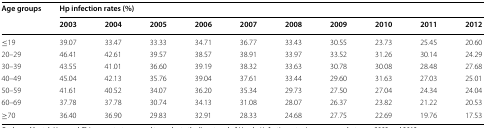
<table><thead><tr><td rowspan="2"><b>Age groups</b></td><td colspan="10"><b>Hp infection rates (%)</b></td></tr><tr><td><b>2003</b></td><td><b>2004</b></td><td><b>2005</b></td><td><b>2006</b></td><td><b>2007</b></td><td><b>2008</b></td><td><b>2009</b></td><td><b>2010</b></td><td><b>2011</b></td><td><b>2012</b></td></tr></thead><tbody><tr><td>≤19</td><td>39.07</td><td>33.47</td><td>33.33</td><td>34.71</td><td>36.77</td><td>33.43</td><td>30.55</td><td>23.73</td><td>25.45</td><td>20.60</td></tr><tr><td>20–29</td><td>46.41</td><td>42.61</td><td>39.57</td><td>38.57</td><td>38.91</td><td>33.97</td><td>33.52</td><td>31.26</td><td>30.14</td><td>24.29</td></tr><tr><td>30–39</td><td>43.55</td><td>41.01</td><td>36.60</td><td>39.19</td><td>38.32</td><td>33.63</td><td>30.78</td><td>30.08</td><td>28.48</td><td>27.68</td></tr><tr><td>40–49</td><td>45.04</td><td>42.13</td><td>35.76</td><td>39.04</td><td>37.61</td><td>33.44</td><td>29.60</td><td>31.63</td><td>27.03</td><td>25.01</td></tr><tr><td>50–59</td><td>41.61</td><td>40.52</td><td>34.07</td><td>36.20</td><td>35.34</td><td>29.73</td><td>27.50</td><td>27.04</td><td>24.34</td><td>24.04</td></tr><tr><td>60–69</td><td>37.78</td><td>37.78</td><td>30.74</td><td>34.13</td><td>31.08</td><td>28.07</td><td>26.37</td><td>23.82</td><td>21.22</td><td>20.53</td></tr><tr><td>≥70</td><td>36.40</td><td>36.90</td><td>29.83</td><td>32.91</td><td>28.33</td><td>24.68</td><td>27.75</td><td>22.69</td><td>19.76</td><td>17.53</td></tr></tbody></table>